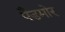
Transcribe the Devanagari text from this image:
पैडमोर